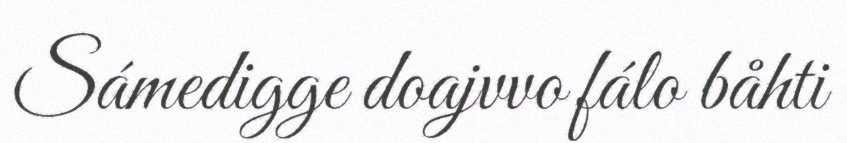
Sámedigge doajvvo fálo båhti